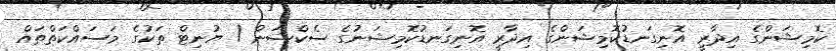
ކޮމިޝަންގެ އިދާރީ އޮނިގަނޑުކޮމިޝަންގެ އިދާރީ އޮނިގަނޑުކޮމިޝަނުގެ ސެކްޝަން / ޔުނިޓް ތަކުގެ މަސައްކަތްތައް